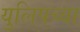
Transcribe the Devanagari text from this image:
युलिपच्या